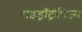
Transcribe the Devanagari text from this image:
हाइड्रॉट्रोपिज्म